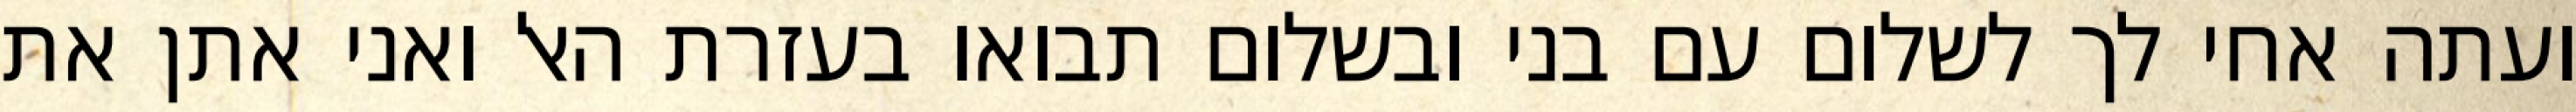
ועתה אחי לך לשלום עם בני ובשלום תבואו בעזרת האל ואני אתן את